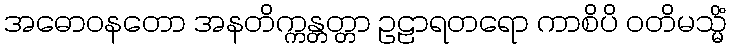
အဓောဝနတော အနတိက္ကန္တတ္တာ ဥဠာရတရော ကာစိပိ ဝတိမသ္မိံ